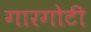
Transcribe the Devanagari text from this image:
गारगाेटी